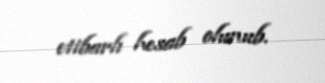
etibarlı hesab olunub.